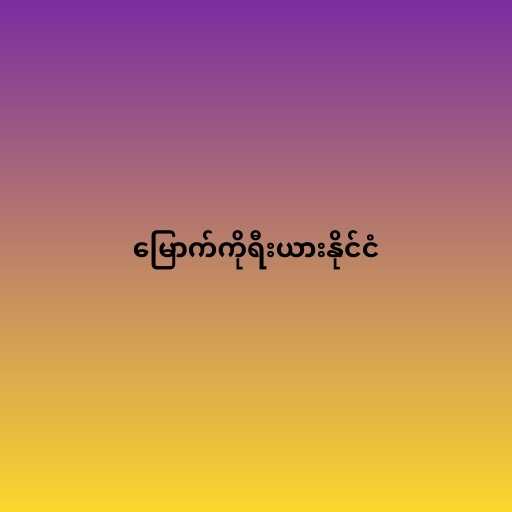
မြောက်ကိုရီးယားနိုင်ငံ